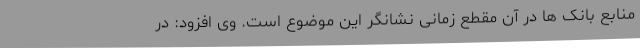
منابع بانک ها در آن مقطع زمانی نشانگر این موضوع است. وی افزود: در